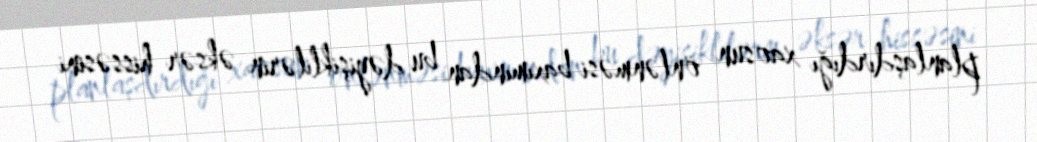
planlaşdırdığı xaosun önlənməsi baxımından bu dəyişiklilərin əksər hissəsini